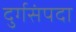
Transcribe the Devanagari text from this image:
दुर्गसंपदा